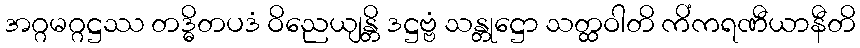
အဂ္ဂမဂ္ဂဋ္ဌဿ တဒ္ဓိတပဒံ ဝိညေယျန္တိ ဒဋ္ဌဗ္ဗံ သန္တုဋ္ဌော သတ္ထဝါတိ ကိံကရဏီယာနီတိ